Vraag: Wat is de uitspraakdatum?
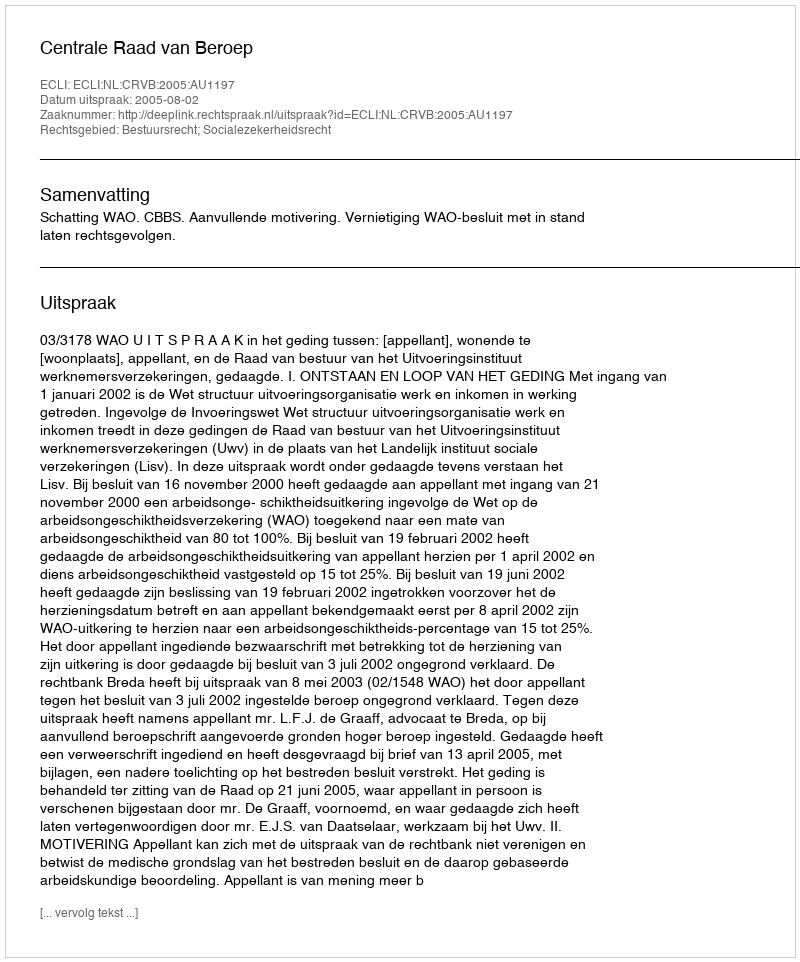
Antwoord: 2005-08-02